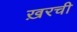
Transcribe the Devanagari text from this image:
ख़रची